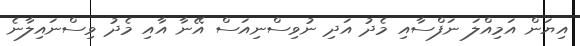
އިޔަން އަމިއްލަ ނަފްސާއި މެދު އަދި ނުވިސްނިއަސް އޭނާ އާއި މެދު ވިސްނައިލާނެ